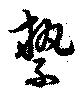
縶